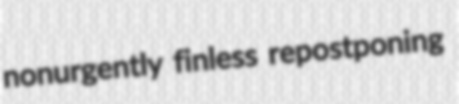
nonurgently finless repostponing